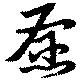
愿